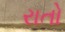
રાતો